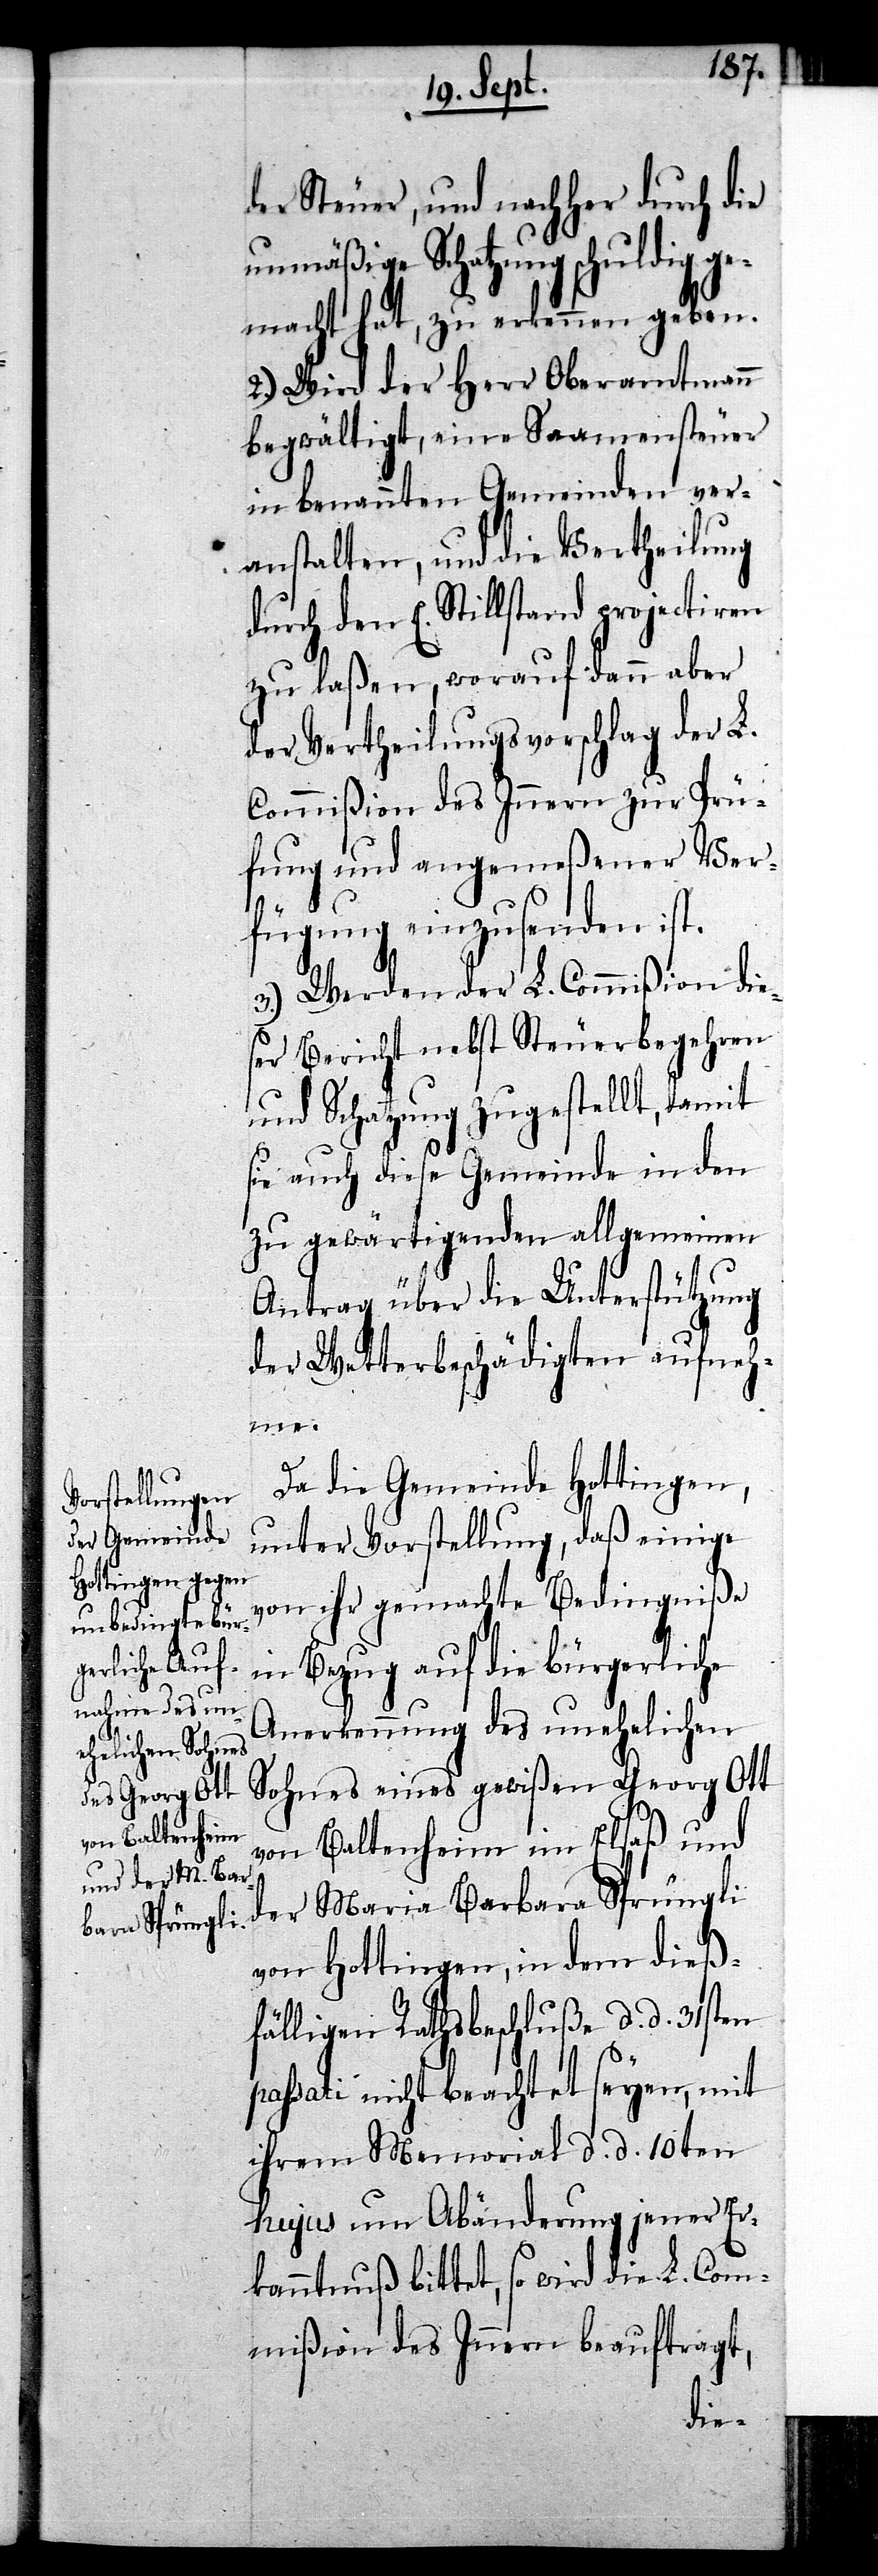
der Steuer, und nachher durch die
unmäßige Schatzung schuldig ge¬
macht hat, zu erkennen geben.
2.) Wird der Herr Oberamtmann
begwältigt, eine Saamensteuer
in benannten Gemeinden ver¬
anstalten, und die Vertheilung
durch den E. Stillstand projectiren
zu laßen, worauf dann aber
der Vertheilungsvorschlag der L.
Commißion des Innern zur Prü¬
fung und angemeßener Ver¬
fügung einzusenden ist.
3.) Werden der L. Commißion dies¬
er Bericht nebst Steuerbegehren
und Schatzung zugestellt, damit
sie auch diese Gemeinde in den
zu gewärtigenden allgemeinen
Antrag über die Unterstützung
der Wetterbeschädigten aufneh¬
me.
Da die Gemeinde Hottingen,
unter Vorstellung, daß einige
von ihr gemachte Bedingniße
in Bezug auf die bürgerliche
Anerkennung des unehelichen
Sohnes eines gewißen Georg Ott
von Baltenheim im Elsaß und
der Maria Barbara Sprüngli
von Hottingen, in dem dieß¬
fälligen Rathsbeschluß d. d. 31sten
passati nicht beachtet seyen, mit
ihrem Memorial d. d. 10ten
hujus um Abänderung jener Er¬
kanntnuß bittet, so wird die L. Com¬
mißion des Innern beauftragt,